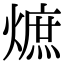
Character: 熫